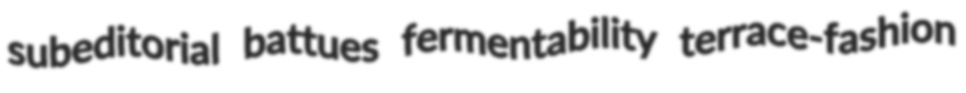
subeditorial battues fermentability terrace-fashion